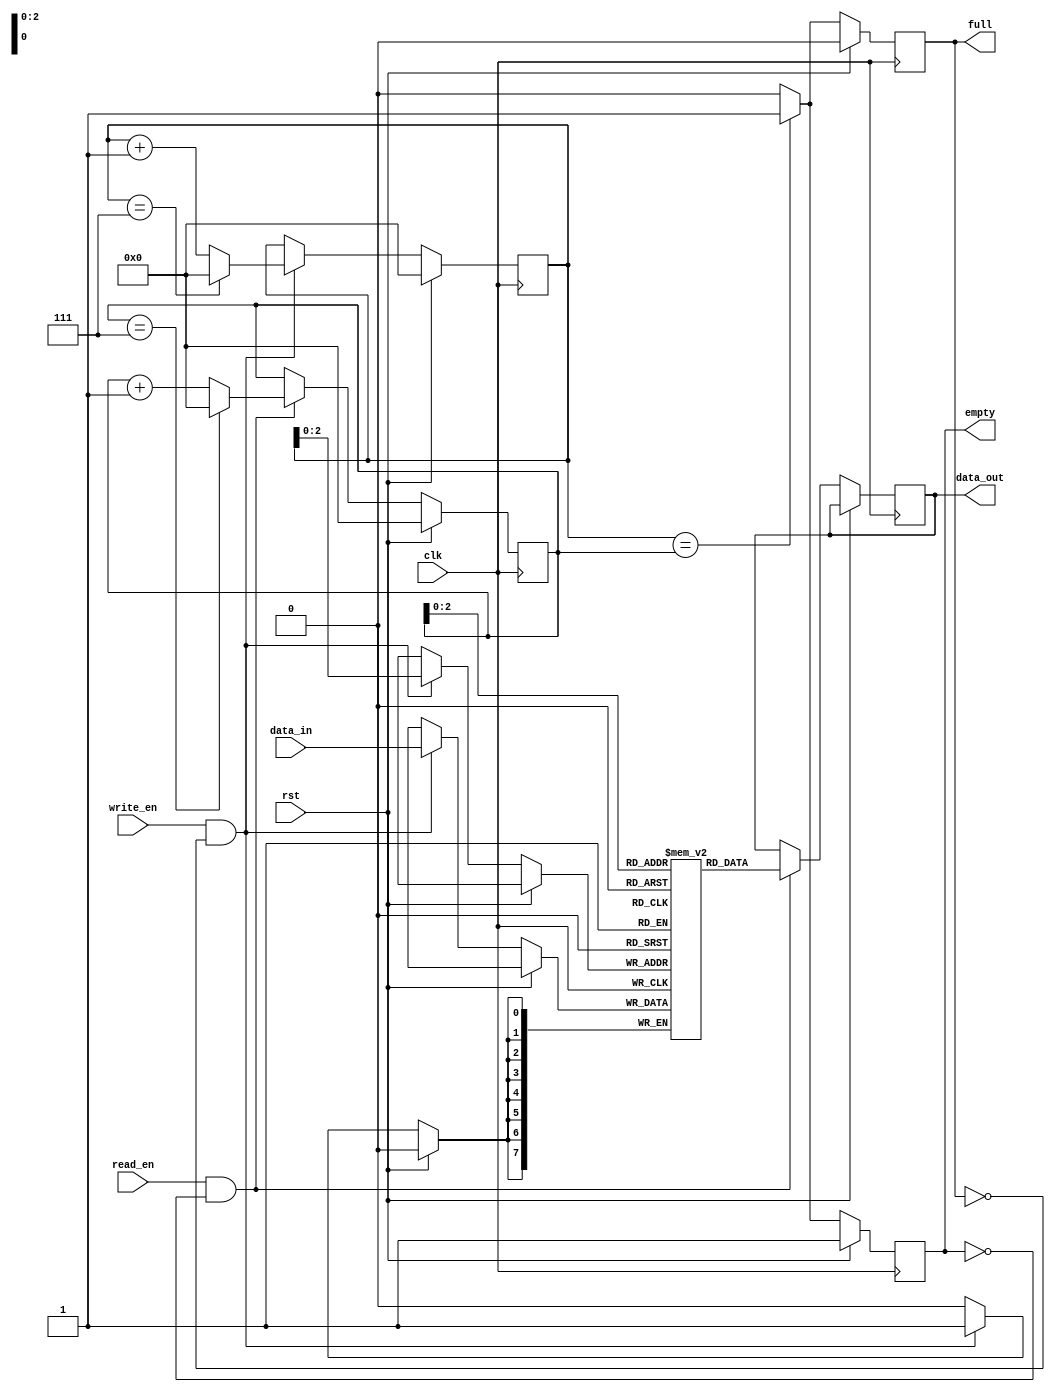
module CircularFIFO (
    input clk,
    input rst,
    input write_en,
    input read_en,
    input [DATA_WIDTH-1:0] data_in,
    output reg [DATA_WIDTH-1:0] data_out,
    output reg full,
    output reg empty
);

parameter MEM_DEPTH = 8;
parameter DATA_WIDTH = 8;

reg [DATA_WIDTH-1:0] mem [MEM_DEPTH-1:0];
reg [DATA_WIDTH-1:0] read_ptr, write_ptr;

always @(posedge clk) begin
    if (rst) begin
        read_ptr <= 0;
        write_ptr <= 0;
        full <= 0;
        empty <= 1;
    end else begin
        if (write_en && !full) begin
            mem[write_ptr] <= data_in;
            write_ptr <= write_ptr + 1;
            if (write_ptr == MEM_DEPTH-1) begin
                write_ptr <= 0;
            end
        end
        
        if (read_en && !empty) begin
            data_out <= mem[read_ptr];
            read_ptr <= read_ptr + 1;
            if (read_ptr == MEM_DEPTH-1) begin
                read_ptr <= 0;
            end
        end
        
        full <= (write_ptr == read_ptr) ? 1 : 0;
        empty <= (write_ptr == read_ptr) ? 1 : 0;
    end
end
endmodule